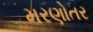
મરણોતર